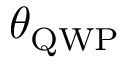
\theta _ { \mathrm { Q W P } }